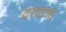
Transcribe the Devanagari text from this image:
दरवाजा़